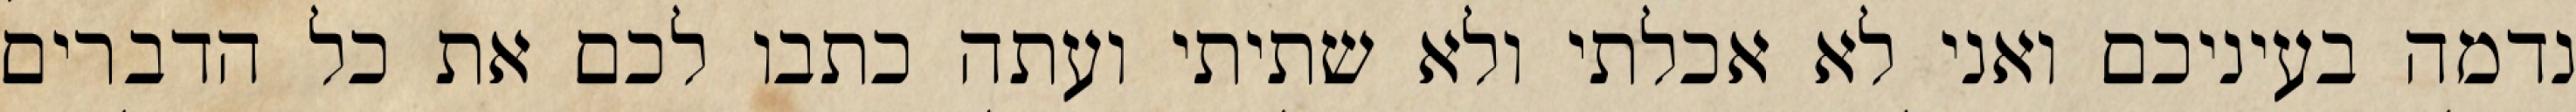
נדמה בעיניכם ואני לא אכלתי ולא שתיתי ועתה כתבו לכם את כל הדברים